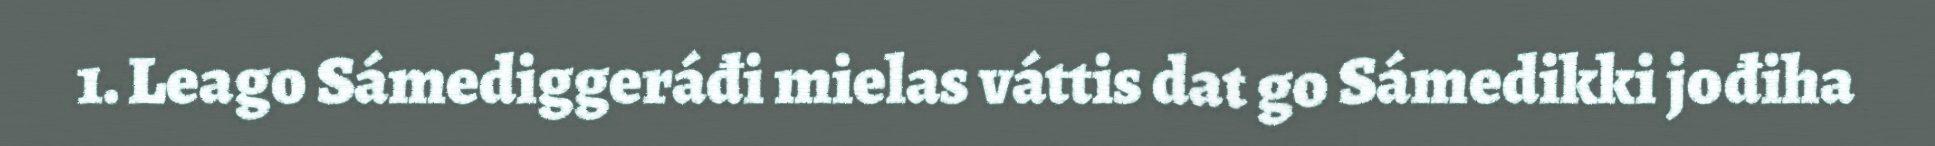
1. Leago Sámediggeráđi mielas váttis dat go Sámedikki jođiha